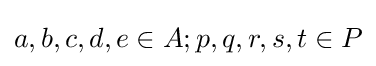
a,b,c,d,e\in A;p,q,r,s,t\in P